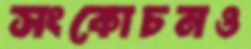
সংকোচনও